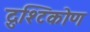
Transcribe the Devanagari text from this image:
द्रुश्टिकोण